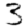
Digit: 3